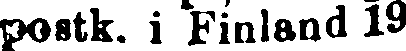
postk. i Finland 19